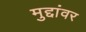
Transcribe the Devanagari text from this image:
मुद्दांवर